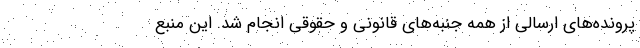
پرونده‌های ارسالی از همه جنبه‌های قانونی و حقوقی انجام شد. این منبع